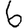
Digit: 6